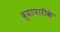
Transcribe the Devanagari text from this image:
व्‍यापारीके